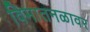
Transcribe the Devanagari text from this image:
विमातनळावर